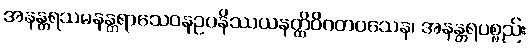
အနန္တရသမနန္တရာသေဝနဥပနိဿယနတ္ထိဝိဂတဝသေန၊ အနန္တရပစ္စည်း